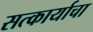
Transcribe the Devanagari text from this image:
सत्कार्याचा